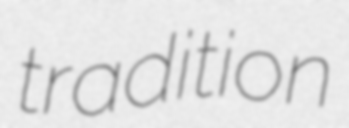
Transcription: tradition